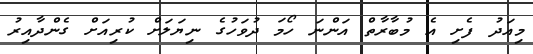
މިއަދު ފެށި އެ މުބާރާތް އަންނަ ހޯމަ ދުވަހުގެ ނިޔަލަށް ކުރިއަށް ގެންދާއިރު